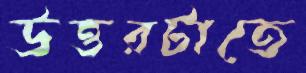
উত্তরটাতে